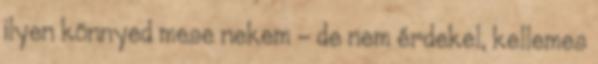
ilyen könnyed mese nekem – de nem érdekel, kellemes